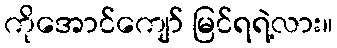
ကိုအောင်ကျော် မြင်ရရဲ့လား။